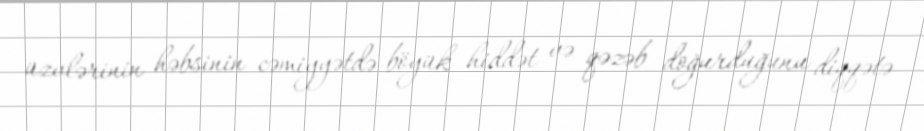
üzvlərinin həbsinin cəmiyyətdə böyük hiddət və qəzəb doğurduğunu diqqətə